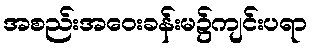
အစည်းအဝေးခန်းမ၌ကျင်းပရာ